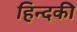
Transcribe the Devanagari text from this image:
हिन्दकी